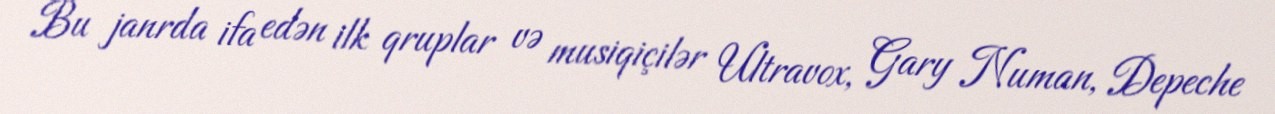
Bu janrda ifa edən ilk qruplar və musiqiçilər Ultravox, Gary Numan, Depeche